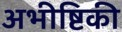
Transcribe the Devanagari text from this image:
अभीष्टिकी